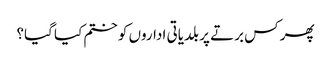
پھر کس برتے پر بلدیاتی اداروں کو ختم کیا گیا؟